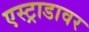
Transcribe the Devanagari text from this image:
एस्ट्राडावर